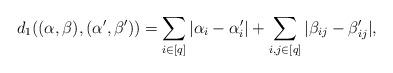
LaTeX: \begin{align*}d_1((\alpha,\beta),(\alpha',\beta'))=\sum_{i\in [q]}|\alpha_i-\alpha_i'|+\sum_{i,j\in [q]}|\beta_{ij}-\beta_{ij}'|,\end{align*}